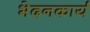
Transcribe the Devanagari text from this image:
भेदनकार्य